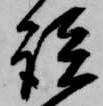
談